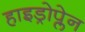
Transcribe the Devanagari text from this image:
हाइड्रोप्लेन